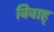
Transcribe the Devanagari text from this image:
विवाह्